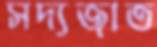
সদ্যজাত